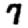
Digit: 7